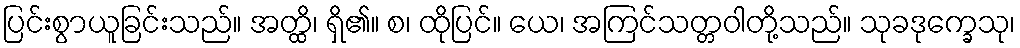
ပြင်းစွာယူခြင်းသည်။ အတ္ထိ၊ ရှိ၏။ စ၊ ထိုပြင်။ ယေ၊ အကြင်သတ္တဝါတို့သည်။ သုခဒုက္ခေသု၊